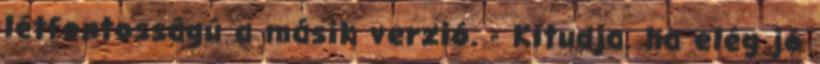
létfontosságú a másik verzió. - Kitudja. ha elég jó